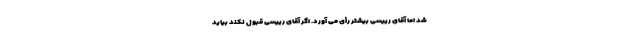
شد اما آقای رییسی بیشتر رأی می آورد. اگر آقای رییسی قبول نکند بیاید